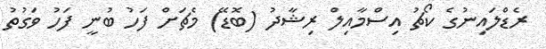
ރެޑްލައިނުގެ ކޯޗު އިސްމާއިލް ރިޝާދު (ބޮޑޭ) މެޗަށް ފަހު ބުނީ ފަހު ވަގުތު